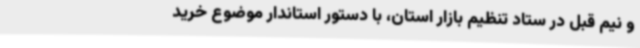
و نیم قبل در ستاد تنظیم بازار استان، با دستور استاندار موضوع خرید